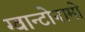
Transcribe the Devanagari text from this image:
ग्वान्टोनामो